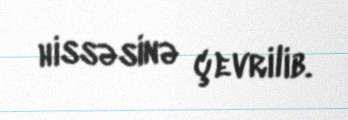
hissəsinə çevrilib.